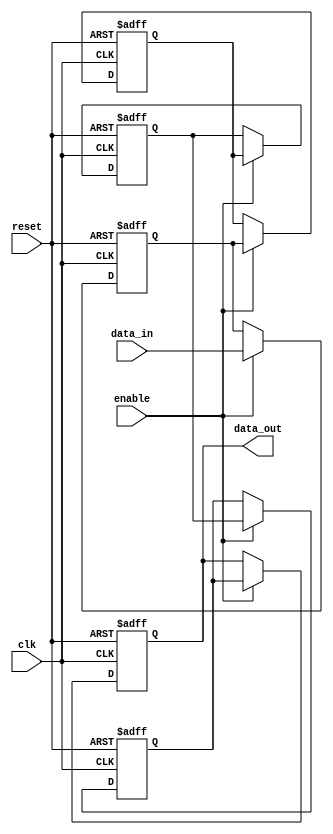
module multistage_register #(
    parameter N = 4,          // Number of stages
    parameter WIDTH = 8       // Width of the data bus
)(
    input wire clk,           // Clock signal
    input wire reset,         // Reset signal
    input wire enable,        // Enable signal
    input wire [WIDTH-1:0] data_in, // Input data
    output reg [WIDTH-1:0] data_out // Output data from the last stage
);

    // Internal registers for each stage
    reg [WIDTH-1:0] stage [0:N-1];

    // Sequential logic for the multistage register
    integer i;
    always @(posedge clk or posedge reset) begin
        if (reset) begin
            // Reset all stages to zero
            for (i = 0; i < N; i = i + 1) begin
                stage[i] <= {WIDTH{1'b0}};
            end
            data_out <= {WIDTH{1'b0}};
        end else if (enable) begin
            // Shift data through the stages
            stage[0] <= data_in; // Capture input data in the first stage
            for (i = 1; i < N; i = i + 1) begin
                stage[i] <= stage[i-1]; // Shift data to the next stage
            end
            data_out <= stage[N-1]; // Output from the last stage
        end
    end

endmodule